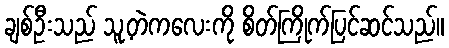
ချစ်ဦးသည် သူ့တဲကလေးကို စိတ်ကြိုက်ပြင်ဆင်သည်။